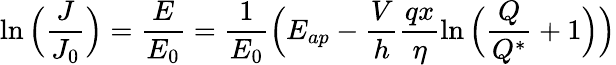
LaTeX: \ln\Big(\frac{J}{J_{0}}\Big)=\frac{E}{E_{0}}=\frac{1}{E_{0}}\Big(E_{ap}-\frac{V}{h}\frac{qx}{\eta}\ln\Big(\frac{Q}{Q^{*}}+1\Big)\Big)